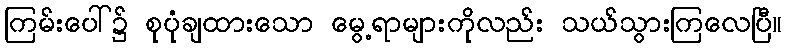
ကြမ်းပေါ်၌ စုပုံချထားသော မွေ့ရာများကိုလည်း သယ်သွားကြလေပြီ။